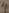
Text: 4